Civil Veterinary Department Bengal reports 1933-51 - 1933-1951
Year: 1933
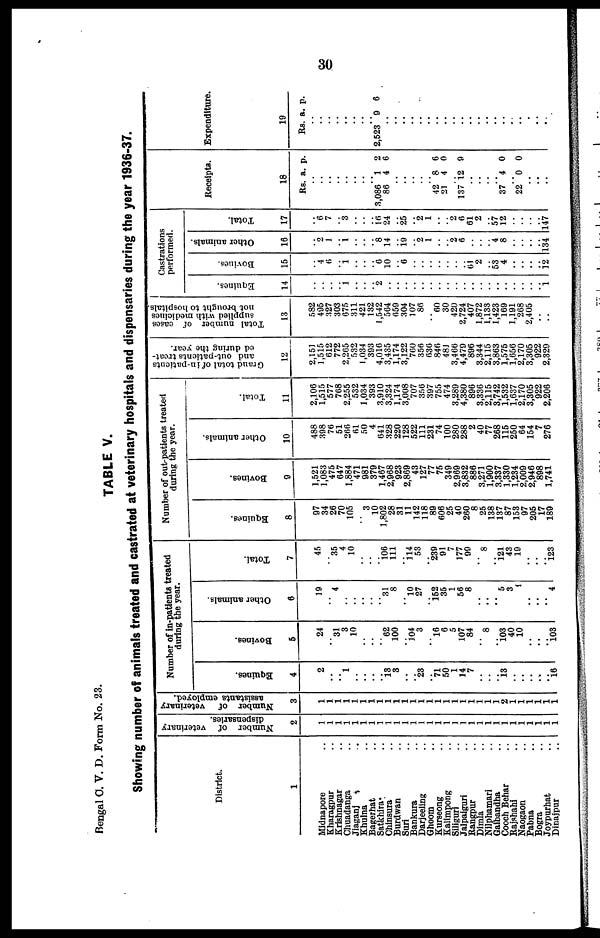
30
Bengal C.. D. Form No. 23.
TABLE V.
Showing number of animals treated and castrated at veterinary hospitals and dispensaries during the year 1936-37.
District.
1
Midnapore ..
Kharagpur ..
Krishnagar ..
Chuadanga ..
Jiaganj ..
Khulna ..
Bagerhat ..
Satkhira ..
Chinsura ..
Burdwan ..
Suri ..
Bankura ..
Darjeeling ..
Ghoom ..
Kurseong .
Kalimpong ..
Siliguri ..
Jalpaiguri ..
Kangpur ..
Dimla ..
Nilphamari ..
Gaibandha ..
Cooch Behar
Rajshahi ..
Naogaon ..
Pabna ..
Bogra ..
Joypurhat ..
Dinajpur ..
Number of veterinary
dispensaries.
2
1
1
1
1
1
1
1
1
1
1
1
1
1
1
1
1
1
1
1
1
1
1
1
1
1
1
1
1
1
Number of veterinary
assistants employed.
3
1
1
1
1
i
1
1
1
1
1
1
1
1
1
1
1
1
1
1
1
1
1
2
1
1
1
1
1
1
Number of in-patients treated
during the year.
Equines.
4
2
..
1
..
..
13
3
..
.. 23
71
50
1
14
7
..
..
13
..
..
..
..
..
16
Bovines.
5
24
.. 31
3
10
..
62
100
.. 104
3
16
6
5
107
84
..
8
..
103
40
10
..
.. ..
103
Other animals.
6
19
..
..
..
..
..
31
..
.. 10
27
152
35
56
8
..
..
..
..
..
..
..
.. 4
Total.
7
45
..
..
..
..
..
106
..
..
..
..
239
91
..
99
..
..
..
..
..
..
..
.. .. 123
Number of out-patients treated
during the year.
Equines.
8
97
34
26
70
105
..
3
10
1,802
28
31
11
.. 118
89
606
25
40
260
8
25
138
.. 87
153
97
205
17
189
Bovines.
9
1,521
1,083
475
647
1,884
471
981
379
1,467
2,968
923
2,869
43
127
77
75
349
2,969
3,832
886
3,271
1,00
3,337
1,330
1,234
2,009
2,946
898
1,741
Other animals.
10
488
398
76
51
266
61
50
4
641
328
220
128
522
111
231
74
100
280
288
2
40
77
268
115
250
64
154
7
276
Total.
11
2,106
1,515
577
768
2,255
532
1,034
393
3,910
3,324
1,174
3,008
707
356
397
755
474
3,289
4,380
896
3,336
2,115
3,742
1,532
1,637
2,170
3,305
922
2,206
Grand total of in-patieuts
and out-patients treat-
ed during the year.
12
2,151
1,515
612
772
2,265
532
1,034
393
4,016 3,435
1,174
3,122
760
356
636
846
481
3,466
4,479
896
3,344
2,115
3,863
1,575
1,656
2,170
3,305
922
2,329
Total number of cases
supplied with medicines
not brought to hospitals.
13
582
495
327
303
675
311
421
132
1,542
564
659
304
107
86
60
30
420
2,724
407
1,872
1,133
1,423
169
1,191
268
2,405
..
..
Castrations
performed.
Equines.
14
..
..
.. 1
..
..
2
..
..
..
..
..
..
..
..
..
..
..
..
..
..
..
.. 1
Bovines.
15
4
6
.. 1
..
..
6
10
.. 6
..
..
..
..
..
61
2
.. 53
4
..
..
..
.. 12
Other animals.
16
2
1
.. 1
..
..
8
14
.. 19
.. 2
1
..
2
6
..
.. 4
8
..
..
..
.. 134
Total.
17
6
7
.. 3
..
..
16
24
.. 25
.. 2
1
..
2
6
61
2
.. 57
12
..
..
..
.. 147
Receipts.
18
Rs.
..
..
..
..
..
..
3,086
86
..
..
..
..
42
21
.. 137
..
..
.. 37
.. 22
..
..
..
a.
l
4
8
4
12
4
0
p.
2
6
6
0
9
0
0
Expenditure.
19
Rs.
..
..
..
..
..
2,523
..
..
..
..
..
..
..
..
..
..
..
..
..
..
..
..
a.
9
p.
6